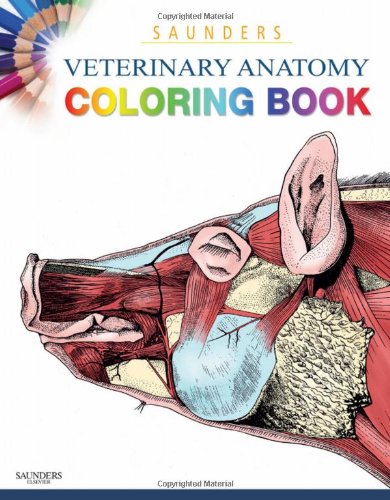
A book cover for Saunders Veterinary Anatomy Coloring Book, 1e; SAUNDERS; Medical Books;